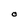
Character: O